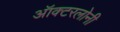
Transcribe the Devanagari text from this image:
ऑक्टरलोनी